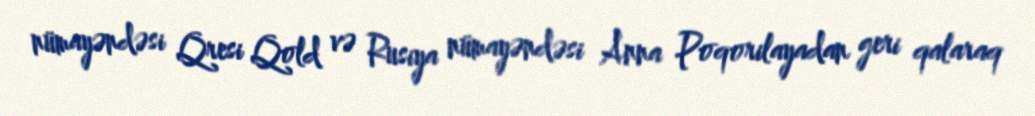
nümayəndəsi Qresi Qold və Rusiya nümayəndəsi Anna Poqorilayadan geri qalaraq